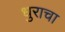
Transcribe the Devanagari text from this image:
धुराचा